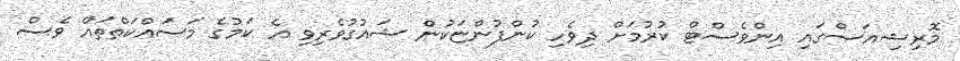
މޮރިޝިއަސްގައި އިންވެސްޓް ކުރުމަށް ދިވެހި ކުންފުންޏަކުން ޝައުގުވެރިވި އެ ކަމުގެ މަސައްކަތްތައް ވެސް